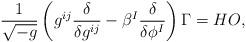
LaTeX: \begin{align*}\frac{1}{\sqrt{-g}}\left( g^{ij}{\frac{\delta }{\delta g^{ij}}} - \beta^I \frac{\delta}{\delta\phi^I}\right) \Gamma = HO,\end{align*}